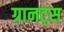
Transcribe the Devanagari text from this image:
ग्रानट्स